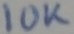
Text: 10K